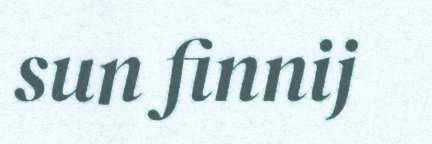
sun finnij